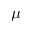
\mu